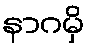
နာဂမှိ